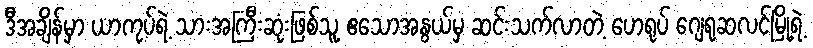
ဒီအချိန်မှာ ယာကုပ်ရဲ့ သားအကြီးဆုံးဖြစ်သူ ဧသောအနွယ်မှ ဆင်းသက်လာတဲ့ ဟေရုပ် ဂျေရုဆလင်မြို့ရဲ့